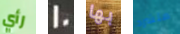
رأي 20 بها متشرد